Report on lock hospitals in British Burma
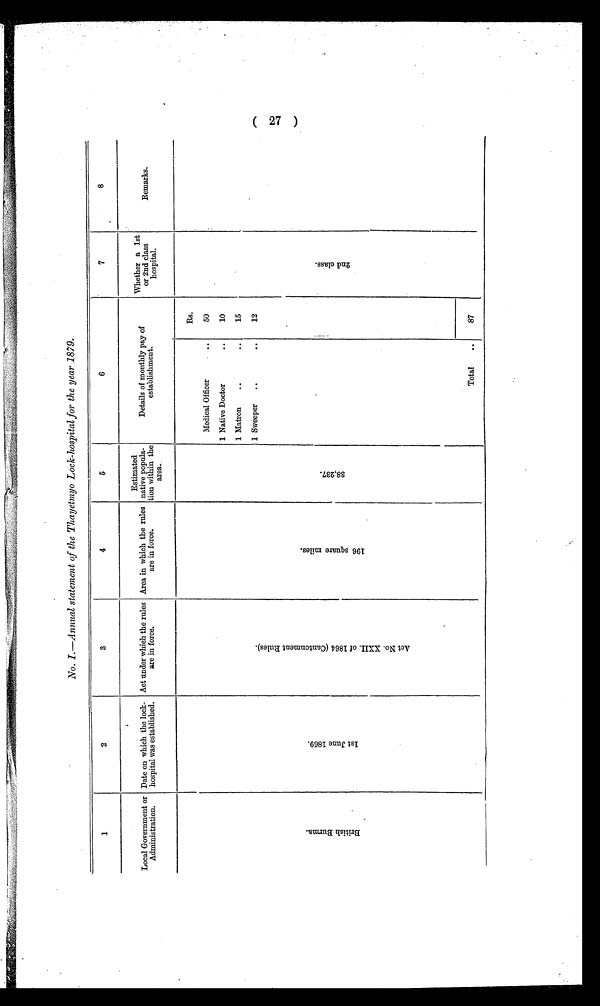
No. I.—Annual statement of the Thayetniyo Lock-hospital for the year 1879.
1
2
3
4
5
6
7
8
Local Government or
Administration.
Date on which the lock-
hospital was established.
Act under which the rules
are in force.
Area in which the rules
are in force.
Estimated
native popula-
tion within the
area.
Details of monthly pay of
establishment.
Wliether a 1st
or 2nd class
hospital.
Remarks.
B r i t i s h B u r ma .
1 s t J u n e 1 8 6 9 .
A c t N o . X X I I o f 1 8 6 4 ( C a n t o n m e n t R u l e s ) .
1 9 6 s q u a r e m i l e s .
3 8 , 2 3 7 .
Rs.
Medical Officer
..
50
1 Native Doctor
..
10
1 Matron
..
..
15
1 Sweeper
..
. .
12
2 n d c l a s s .
Total
..
87
(27)